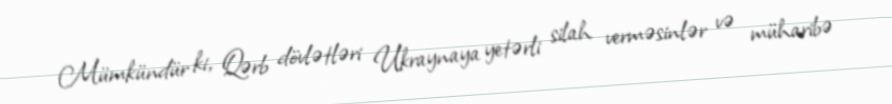
Mümkündür ki, Qərb dövlətləri Ukraynaya yetərli silah verməsinlər və müharibə